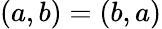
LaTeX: (a,b)=(b,a)